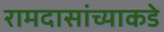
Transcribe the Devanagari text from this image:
रामदासांच्याकडे